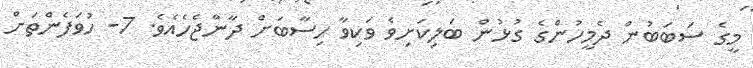
މީގެ ސަބަބުން ދެމީހުންގެ ގުޅުން ބަލިކަށިވެ ވަކިވާ ހިސާބަށް ދާންޖެހެއެވެ. 7- ހުވަފެންތަށް